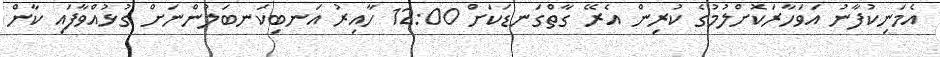
އެމަނިކުފާނު އަވަހާރަކޮށްލުމުގެ ކުރިން އެރޭ ގާތްގަނޑަކަށް 12:00 ހާއިރު އަނބިކަނބަލުންނަށް ގުޅުއްވާފައި ކާން